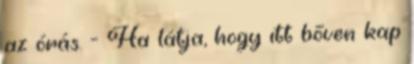
az órás. - Ha látja, hogy itt bőven kap